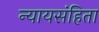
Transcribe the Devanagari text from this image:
न्यायसंहिता